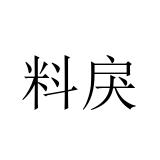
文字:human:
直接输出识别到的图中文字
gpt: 料戾